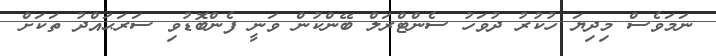
ނަމަވެސް މިދިޔަ ހުކުރު ދުވަހު ސެންޓްރަލް ބޭންކުން ވަނީ ފެންބޮޑުވި ސަރަޙައްދު ތަކަށް